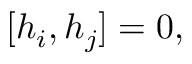
[ h _ { i } , h _ { j } ] = 0 ,